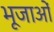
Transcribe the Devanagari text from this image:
भूजाओं